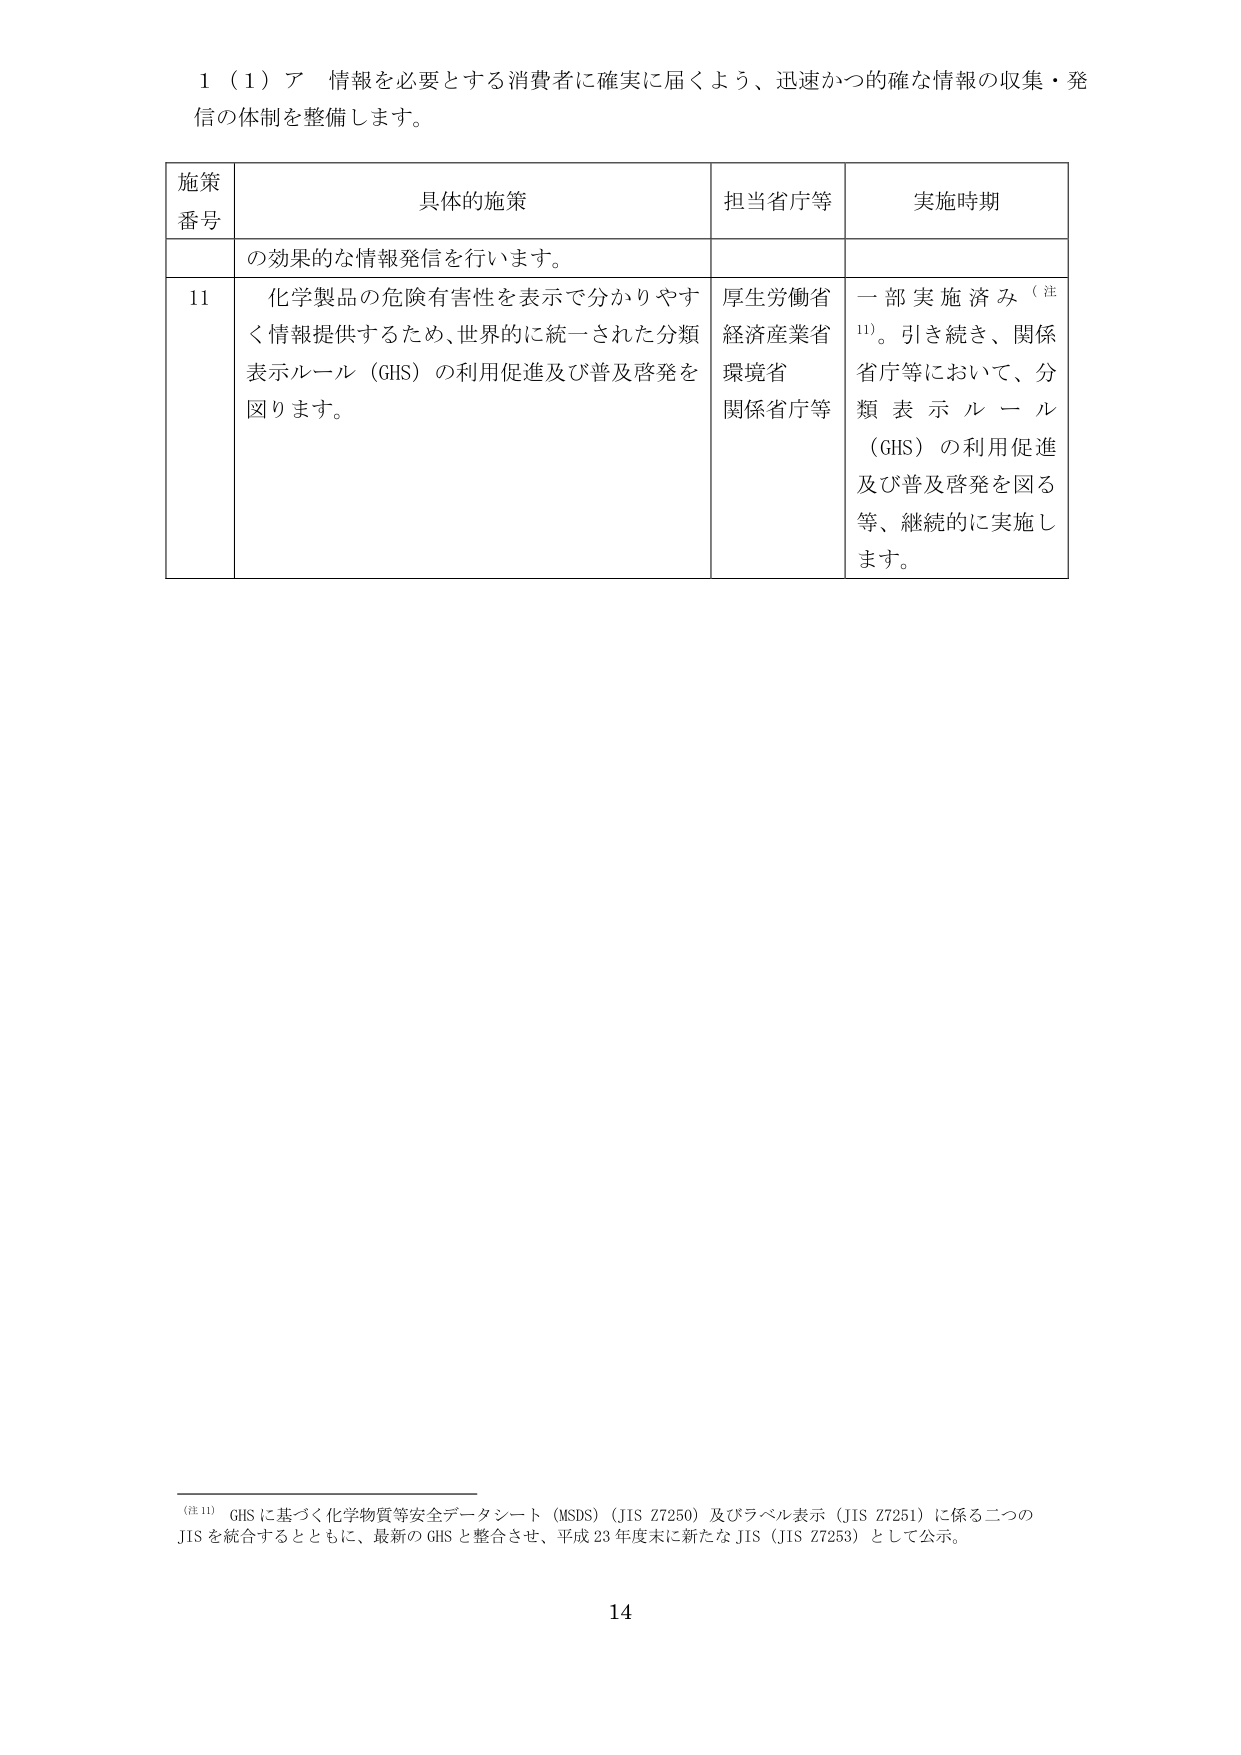
1（1）ア 情報を必要とする消費者に確実に届くよう、迅速かつ的確な情報の収集・発信の体制を整備します。

施策番号	具体的施策	担当省庁等	実施時期
	の効果的な情報発信を行います。
11	化学製品の危険有害性を表示で分かりやすく情報提供するため、世界的に統一された分類表示ルール（GHS）の利用促進及び普及啓発を図ります。	厚生労働省経済産業省環境省関係省庁等	一部実施済み（注11）。引き続き、関係省庁等において、分類表示ルール（GHS）の利用促進及び普及啓発を図る等、継続的に実施します。

（注11）GHSに基づく化学物質等安全データシート（MSDS）（JIS Z7250）及びラベル表示（JIS Z7251）に係る二つのJISを統合するとともに、最新のGHSと整合させ、平成23年度末に新たなJIS（JIS Z7253）として公示。

14